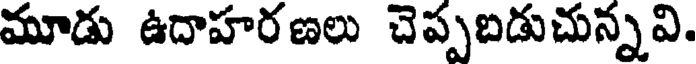
మూడు ఉదాహరణలు చెప్పబడుచున్నవి.